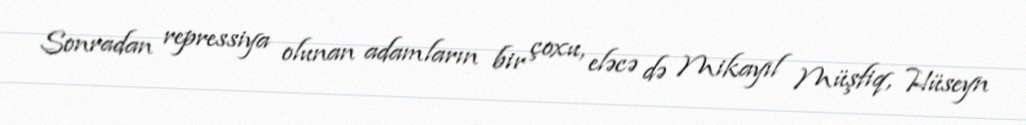
Sonradan repressiya olunan adamların bir çoxu, eləcə də Mikayıl Müşfiq, Hüseyn